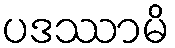
ပဒဿာမိ